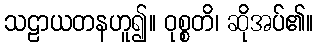
သဠာယတနဟူ၍။ ဝုစ္စတိ၊ ဆိုအပ်၏။